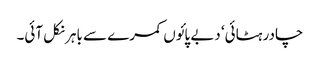
چادر ہٹائی‘ دبے پائوں کمرے سے باہر نکل آئی۔